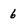
Character: 6